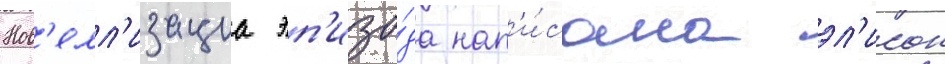
Нов'елл'изациа эп'изо́да нап'и́сана эл'исон